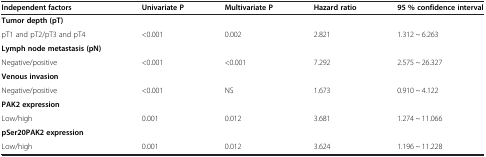
| Independent factors | Univariate P | Multivariate P | Hazard ratio | 95 % confidence interval |
 | --- | --- | --- | --- | --- |
 | Tumor depth (pT) |  |  |  |  |
 | pT1 and pT2/pT3 and pT4 | <0.001 | 0.002 | 2.821 | 1.312 ~ 6.263 |
 | Lymph node metastasis (pN) |  |  |  |  |
 | Negative/positive | <0.001 | <0.001 | 7.292 | 2.575 ~ 26.327 |
 | Venous invasion |  |  |  |  |
 | Negative/positive | <0.001 | NS | 1.673 | 0.910 ~ 4.122 |
 | PAK2 expression |  |  |  |  |
 | Low/high | 0.001 | 0.012 | 3.681 | 1.274 ~ 11.066 |
 | pSer20PAK2 expression |  |  |  |  |
 | Low/high | 0.001 | 0.012 | 3.624 | 1.196 ~ 11.228 |